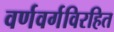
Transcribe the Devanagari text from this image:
वर्णवर्गविरहित